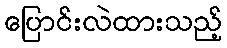
ပြောင်းလဲထားသည့်